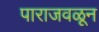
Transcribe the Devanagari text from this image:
पाराजवळून